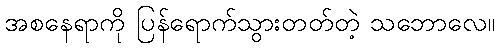
အစနေရာကို ပြန်ရောက်သွားတတ်တဲ့ သဘောလေ။